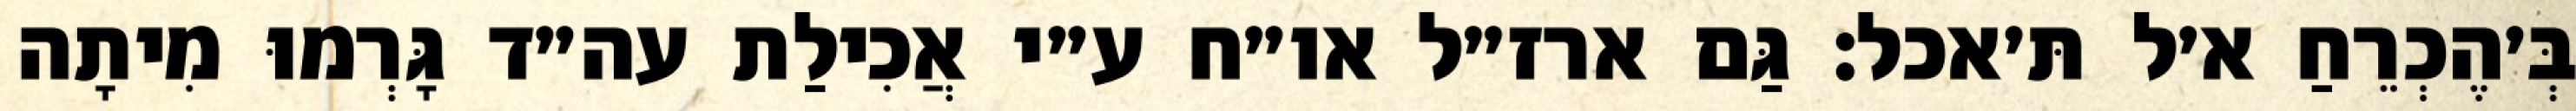
בְּ׳הֶכְרֵחַ א׳ל תּ׳אכל: גַּם ארז״ל או״ח ע״י אֲכִילַת עה״ד גָּרְמוּ מִיתָה